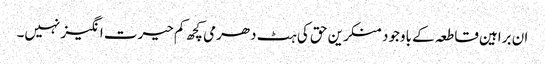
ان براہین قاطعہ کے باوجود منکرین حق کی ہٹ دھرمی کچھ کم حیرت انگیز نہیں۔